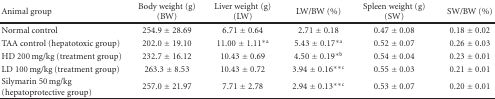
| Animal group | Body weight (g) (BW) | Liver weight (g) (LW) | LW/BW (%) | Spleen weight (g) (SW) | SW/BW (%) |
 | --- | --- | --- | --- | --- | --- |
 | Normal control | 254.9 ± 28.69 | 6.71 ± 0.64 | 2.71 ± 0.18 | 0.47 ± 0.08 | 0.18 ± 0.02 |
 | TAA control (hepatotoxic group) | 202.0 ± 19.10 | 11.00 ± 1.11∗a | 5.43 ± 0.17∗a | 0.52 ± 0.07 | 0.26 ± 0.03 |
 | HD 200 mg/kg (treatment group) | 232.7 ± 16.12 | 10.43 ± 0.69 | 4.50 ± 0.19∗b | 0.54 ± 0.04 | 0.23 ± 0.01 |
 | LD 100 mg/kg (treatment group) | 263.3 ± 8.53 | 10.43 ± 0.72 | 3.94 ± 0.16∗∗c | 0.55 ± 0.03 | 0.21 ± 0.01 |
 | Silymarin 50 mg/kg (hepatoprotective group) | 257.0 ± 21.97 | 7.71 ± 2.78 | 2.94 ± 0.13∗∗c | 0.53 ± 0.07 | 0.20 ± 0.01 |